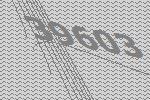
39603